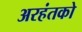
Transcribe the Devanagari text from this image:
अरहंतको